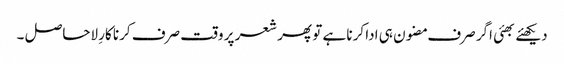
دیکھئے بھئی اگر صرف مضون ہی ادا کرنا ہے تو پھر شعر پر وقت صرف کرنا کارِ لاحاصل ۔